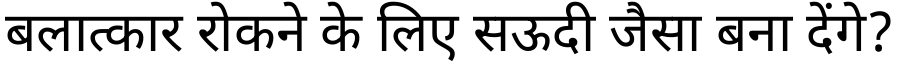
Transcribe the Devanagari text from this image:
बलात्कार रोकने के लिए सऊदी जैसा बना देंगे?